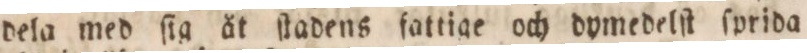
dela med ſig åt ſtadens fattige och dymedelſt ſprida